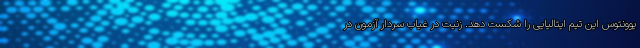
یوونتوس این تیم ایتالیایی را شکست دهد. زنیت در غیاب سردار آزمون در